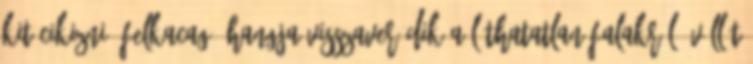
kit cikizni. felkacag, hangja visszaverődik a láthatatlan falakról, vállát